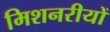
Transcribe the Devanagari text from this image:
मिशनरीयों